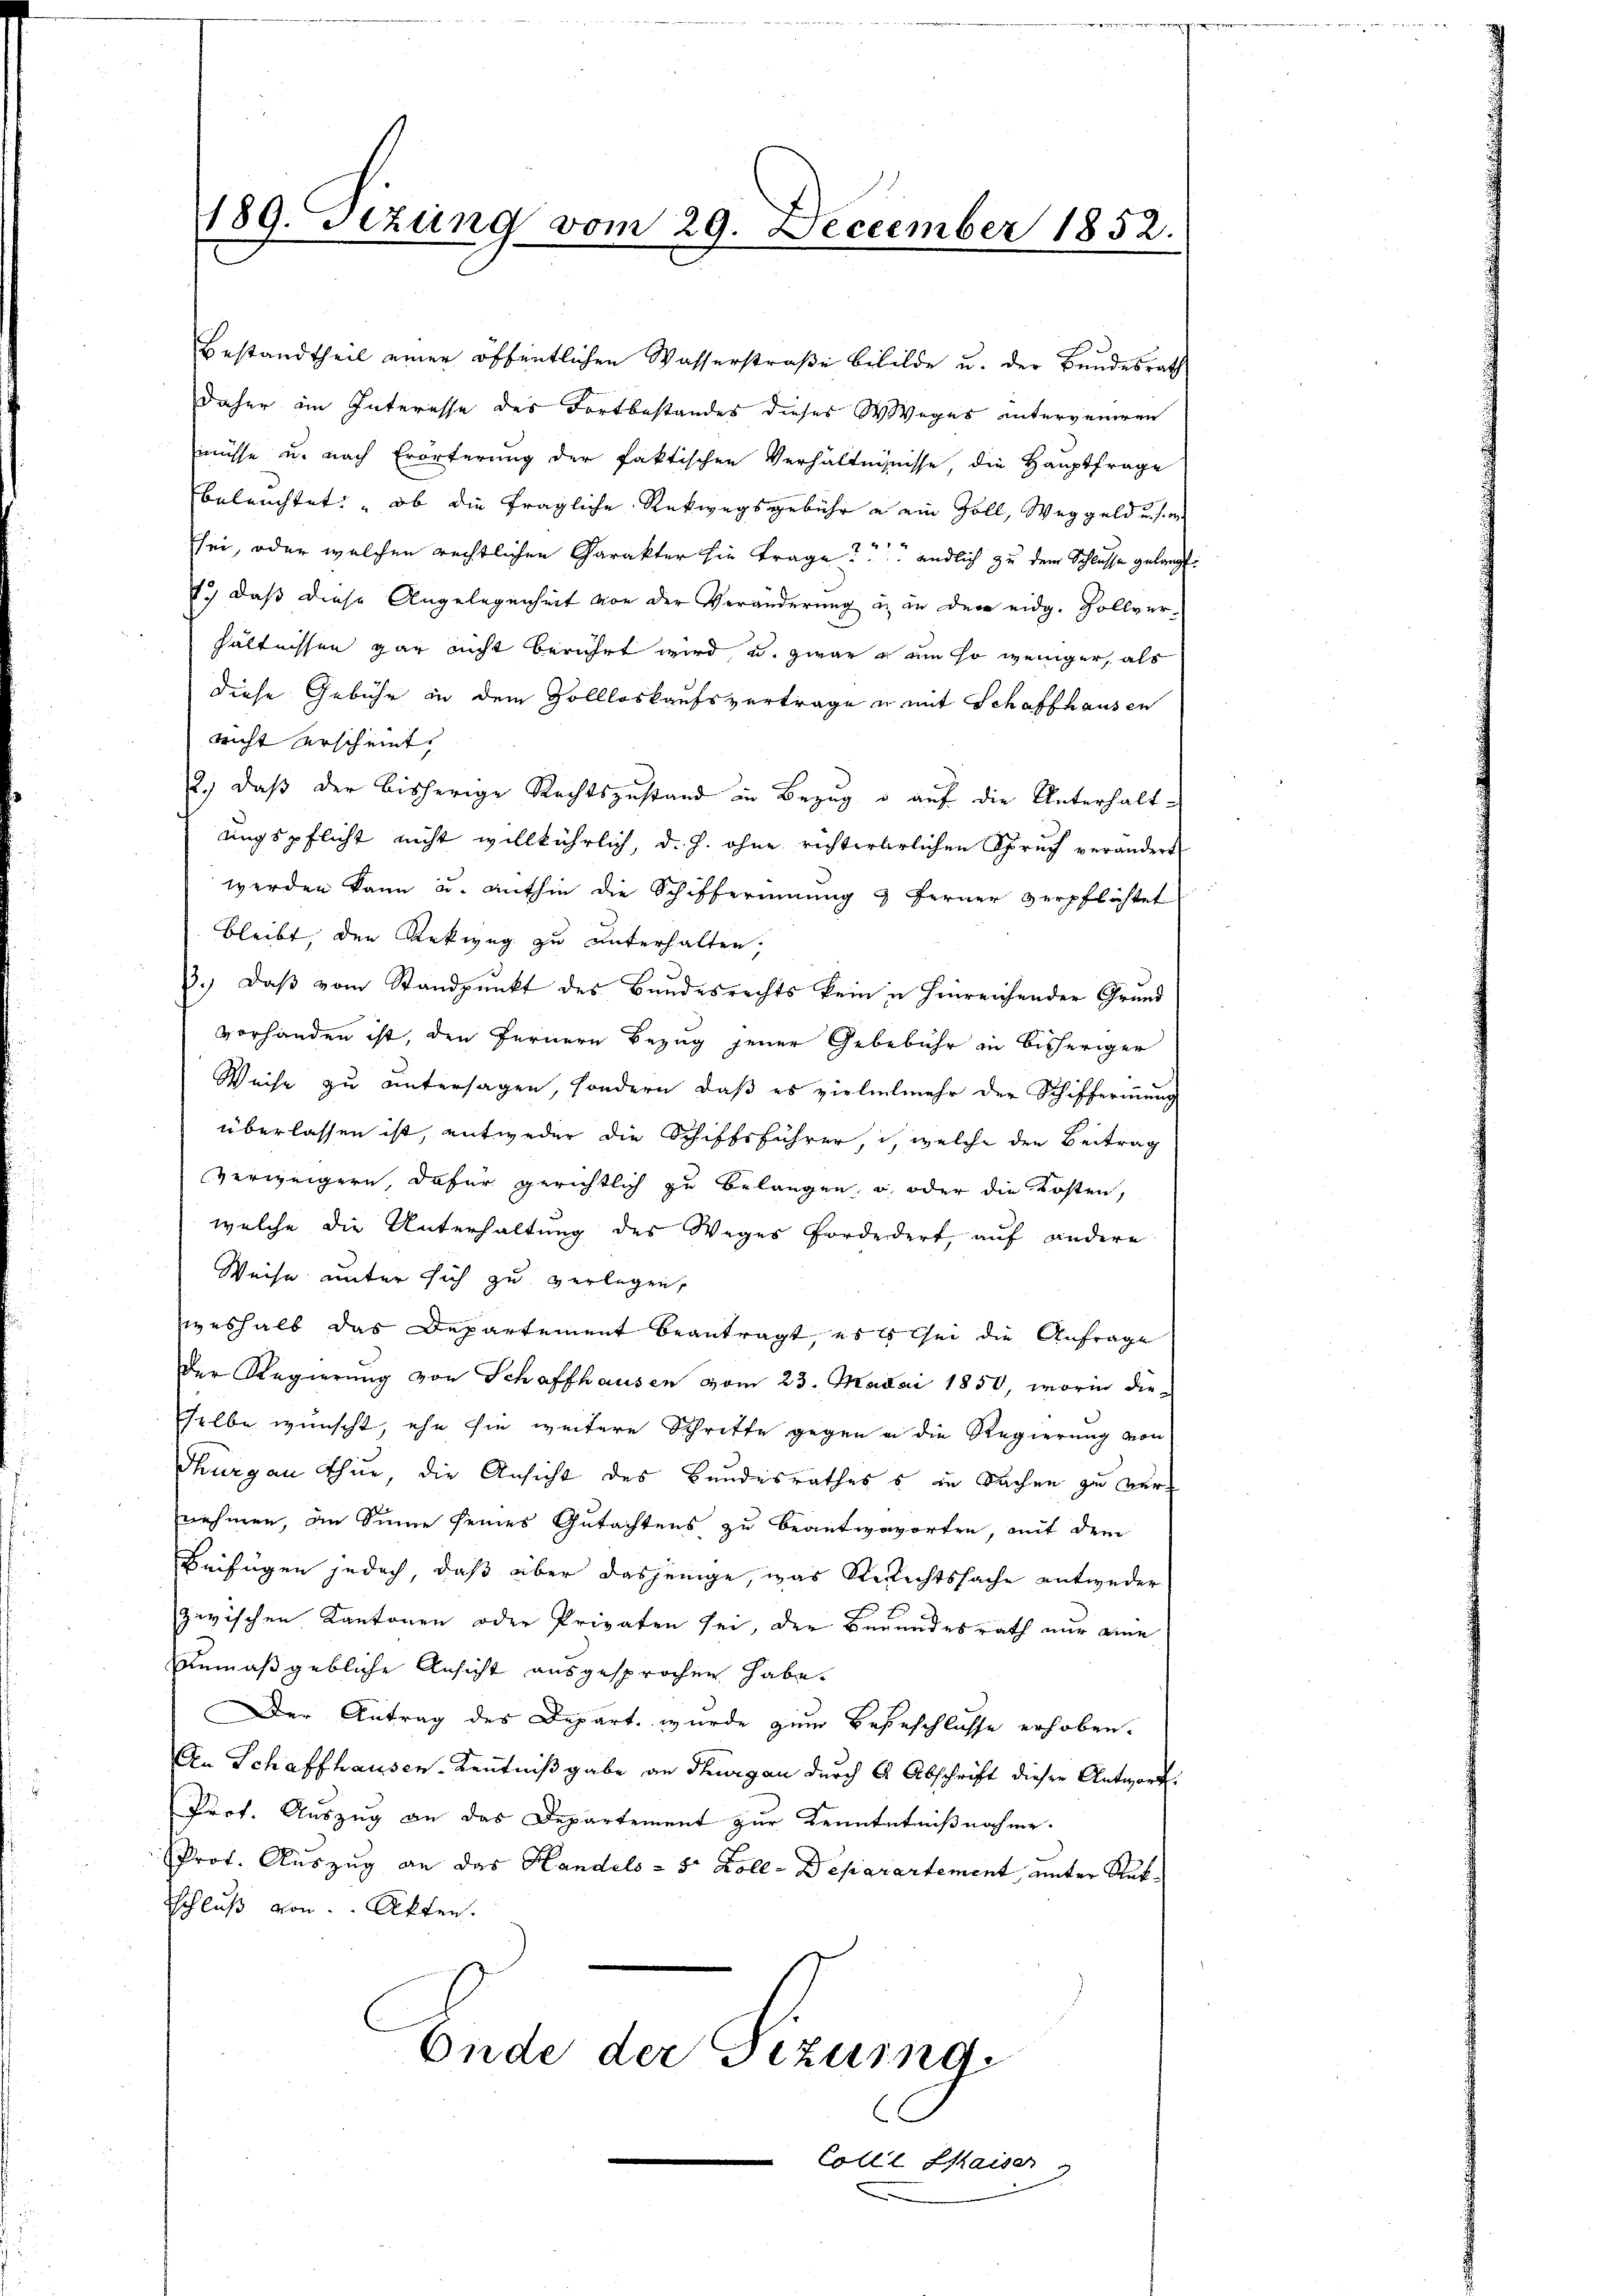
189. Sizung vom 29. Deczember 1852.

Bestandtheil einer öffentlichen Wasserstraße bebilde u. der Bundesrath
daher im Interesse des Fortbestandes dieses Weges unterveniren
müsse u. nach Erörterung der faktischen Verhältnisnisse, die Hauptfrage
beleuchtet: ob die fragliche Rückwegsgebühr u. ein Zoll, Weggeld u. s. e
Esei, oder welchen rechtlichen Charakter sie trage? endlich zu dem Schlusse gelangt.
7.) daß diese Angelegenheit von der Veränderung u. in den eidg. Sollver-
hältnissen gar nicht berührt wird, u. zwar um so weniger, als
diese Gebühr in dem Zollloskaufsvertrage u mit Schaffhausen
nicht erscheint,
2.) Daß der bisherige Rechtszustand in Bezug u auf die Unterhaltungspflicht nicht willkührlich, d. h. ohne richterlirlichen Spruch verändert
werden kann u. mithin die Schifferinnung & Ferner verpflichtet
bleibt, den Arkweg zu unterhalten,
3.) Daß vom Standpunkt des Bundesrechts kein in hinreichenden Grund
vorhanden ist, den fernern Bezug jener Gebebühr in bisheriger
Weise zu untersagen, sondern, daß es vielelmehr der Schiffernung
überlassen ist, entweder die Schiffsführer, in welche den Beitrag
verweigern, dafür gerichtlich zu belangen, u. oder die Kosten,
welche die Unterhaltung des Weges fordedert, auf andere
Weise unter sich zu verlegen,
weshalb das Departement beantragt, es es sei die Anfrage
Der Regierŭng von Schaffhausen vom 23. Madai 1850, worin die-
selbe wunscht, ihn sie weitere Schritte gegen in die Regierung von
Thurgau thue, die Ansicht des Bundesrathess in Sachen zu vernehmen, an Sinne seines Gutachtens zu beantwororten, mit dem
Beifügen jedoch, daß über dasjenige, was Rerechtssache entweder
zwischen Kantonen oder Privaten sei, der Bewundesrath nur eine
Anmaßgebliche Ansicht ausgesprochen habe.
Der Antrag des Depart wurde zum Besteschlüsse erhoben.
An Schaffhausen, Kenntnißgabe an Thurgau durch 2 Abschrift dieser Antwort.
Prof. Auszug an das Departement zur Kenntntnißnahme.
Prof. Auszug an das Handels = 5 Zoll-Deparartement unter Stut
schluß von Akten.
Ende der Gezung.
C
Colle Kaiser